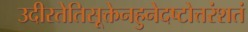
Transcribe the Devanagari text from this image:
उदीरतेतिसूक्तेनहुनेदष्टोत्तरंशतं